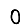
Digit: 0